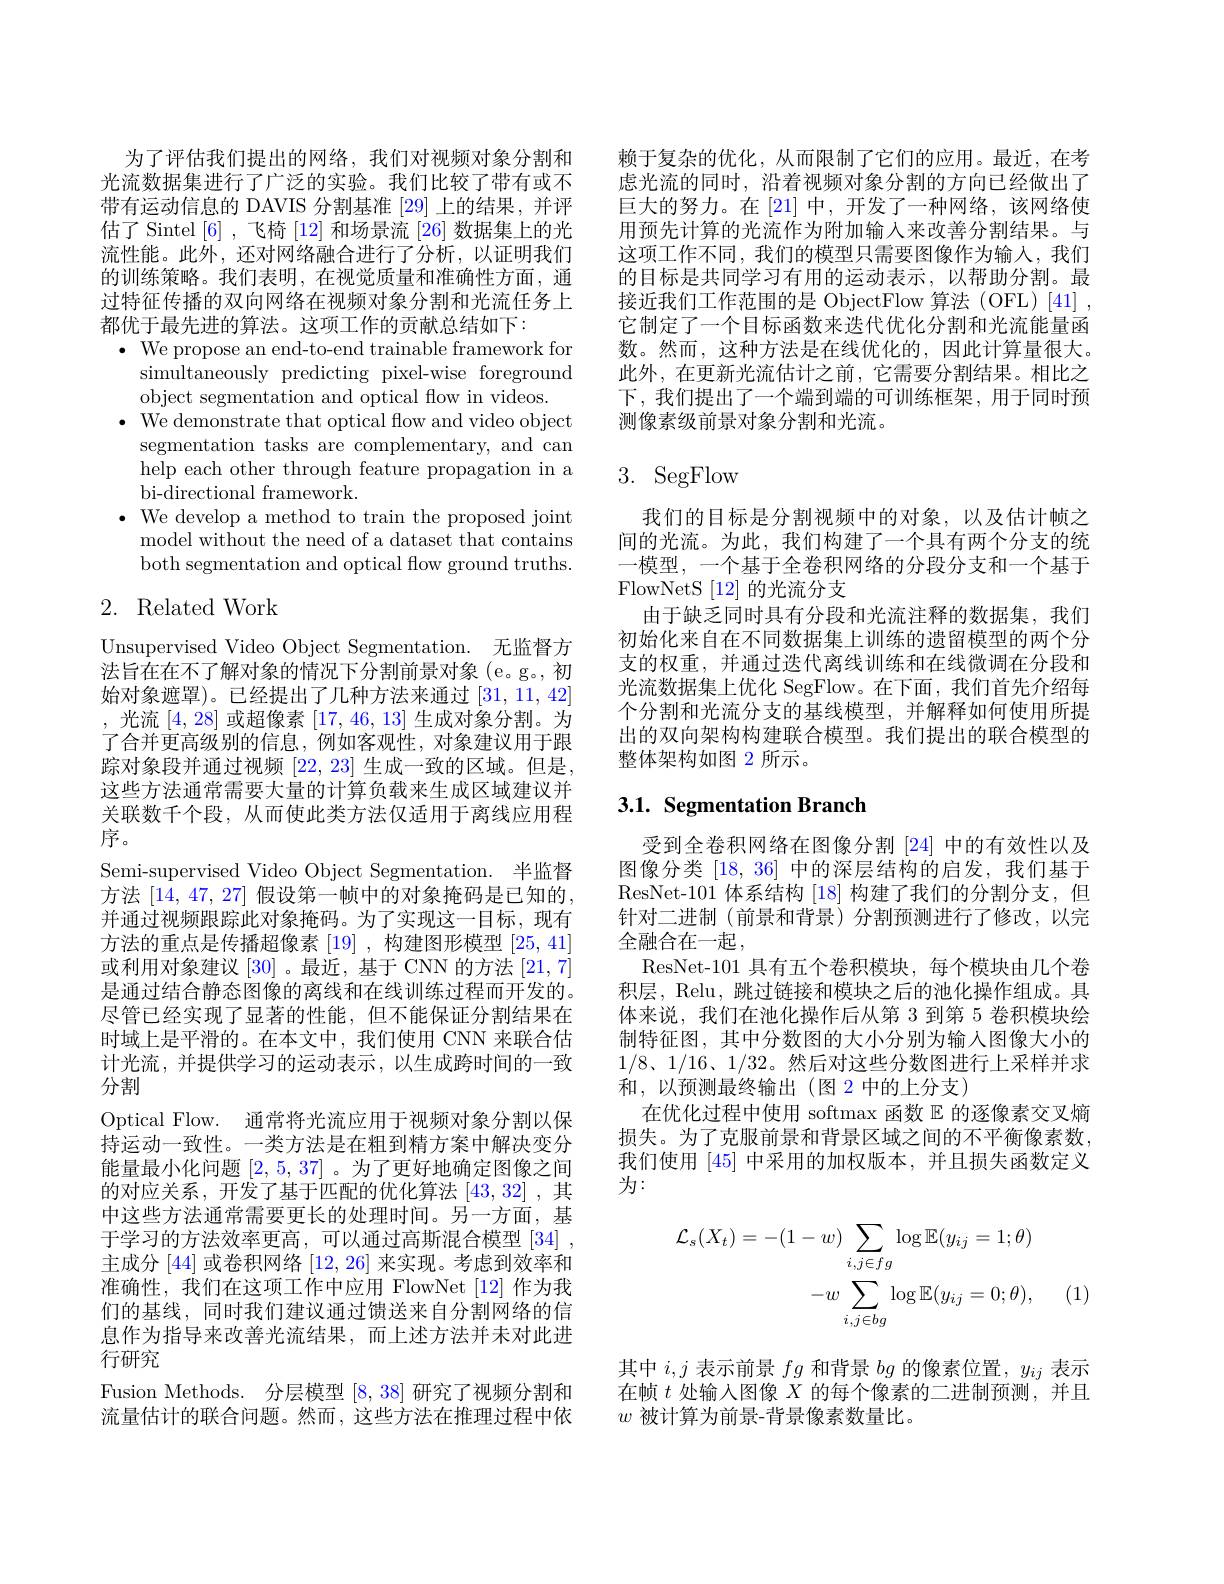
为了评估我们提出的网络，我们对视频对象分割和光流数据集进行了广泛的实验。我们比较了带有或不带有运动信息的 DAVIS 分割基准 [29] 上的结果，并评估了 Sintel [6] ,飞椅[12]和场景流[26]数据集上的光流性能。此外，还对网络融合进行了分析，以证明我们的训练策略。我们表明，在视觉质量和准确性方面，通过特征传播的双向网络在视频对象分割和光流任务上都优于最先进的算法。这项工作的贡献总结如下：
$\bullet$ We propose an end-to-end trainable framework for
simultaneously predicting pixel-wise foreground
object segmentation and optical fow in videos.
$\bullet$ We demonstrate that optical flow and video object
segmentation tasks are complementary, and can help each other through feature propagation in a bi-directional framework.
$\bullet$ We develop a method to train the proposed joint
model without the need of a dataset that contains both segmentation and optical flow ground truths.

## 2. Related Work

Unsupervised Video Object Segmentation. 无监督方法旨在在不了解对象的情况下分割前景对象(e。g。, 初始对象遮罩)。已经提出了几种方法来通过[31,11,42] ,光流[4,28]或超像素[17,46,13]生成对象分割。为了合并更高级别的信息，例如客观性，对象建议用于跟踪对象段并通过视频[22,23]生成一致的区域。但是， 这些方法通常需要大量的计算负载来生成区域建议并关联数千个段，从而使此类方法仅适用于离线应用程序。
Semi-supervised Video Object Segmentation. 半监督方法[14,47,27]假设第一帧中的对象掩码是已知的， 并通过视频跟踪此对象掩码。为了实现这一目标，现有方法的重点是传播超像素 [19] ,构建图形模型 [25,41] 或利用对象建议[30] 。最近，基于 CNN 的方法[21,7] 是通过结合静态图像的离线和在线训练过程而开发的。尽管已经实现了显著的性能，但不能保证分割结果在时域上是平滑的。在本文中，我们使用 CNN 来联合估计光流，并提供学习的运动表示，以生成跨时间的一致分割
Optical Flow. 通常将光流应用于视频对象分割以保持运动一致性。一类方法是在粗到精方案中解决变分能量最小化问题[2,5,37] 。为了更好地确定图像之间的对应关系，开发了基于匹配的优化算法[43,32] ,其中这些方法通常需要更长的处理时间。另一方面，基于学习的方法效率更高，可以通过高斯混合模型[34] , 主成分[44]或卷积网络[12,26]来实现。考虑到效率和准确性，我们在这项工作中应用 FlowNet [12] 作为我们的基线，同时我们建议通过馈送来自分割网络的信息作为指导来改善光流结果，而上述方法并未对此进行研究
Fusion Methods. 分层模型[8,38]研究了视频分割和流量估计的联合问题。然而，这些方法在推理过程中依

赖于复杂的优化，从而限制了它们的应用。最近，在考虑光流的同时，沿着视频对象分割的方向已经做出了巨大的努力。在[21]中，开发了一种网络，该网络使用预先计算的光流作为附加输入来改善分割结果。与这项工作不同，我们的模型只需要图像作为输入，我们的目标是共同学习有用的运动表示，以帮助分割。最接近我们工作范围的是 ObjectFlow 算法 (OFL) [41] , 它制定了一个目标函数来迭代优化分割和光流能量函数。然而，这种方法是在线优化的，因此计算量很大。此外，在更新光流估计之前，它需要分割结果。相比之下，我们提出了一个端到端的可训练框架，用于同时预测像素级前景对象分割和光流。

# 3. SegFlow

我们的目标是分割视频中的对象，以及估计帧之间的光流。为此，我们构建了一个具有两个分支的统一模型，一个基于全卷积网络的分段分支和一个基于FlowNetS [12]的光流分支
由于缺乏同时具有分段和光流注释的数据集，我们初始化来自在不同数据集上训练的遗留模型的两个分支的权重，并通过迭代离线训练和在线微调在分段和光流数据集上优化 SegFlow。在下面，我们首先介绍每个分割和光流分支的基线模型，并解释如何使用所提出的双向架构构建联合模型。我们提出的联合模型的整体架构如图 2 所示。

## $3. 1. \textbf{ Segmentation Branch}$

受到全卷积网络在图像分割 [24] 中的有效性以及图像分类 [18, 36] 中的深层结构的启发，我们基于ResNet-101 体系结构[18]构建了我们的分割分支，但针对二进制 (前景和背景)分割预测进行了修改，以完全融合在一起，
ResNet-101 具有五个卷积模块，每个模块由几个卷积层，Relu, 跳过链接和模块之后的池化操作组成。具体来说，我们在池化操作后从第 3 到第 5 卷积模块绘制特征图，其中分数图的大小分别为输入图像大小的$1/8、1/16、1/32$。然后对这些分数图进行上采样并求和，以预测最终输出(图 2 中的上分支)
在优化过程中使用 softmax 函数$\mathbb{E}$的逐像素交叉熵损失。为了克服前景和背景区域之间的不平衡像素数， 我们使用[45]中采用的加权版本，并且损失函数定义为：
$$\begin{aligned}\mathcal{L}_{s}(X_{t})&=-(1-w)\sum_{i,j\in fg}\log\mathbb{E}(y_{ij}=1;\theta)\\&-w\sum_{i,j\in bg}\log\mathbb{E}(y_{ij}=0;\theta),\end{aligned}$$
(1)

其中$i,j$表示前景$fg$和背景$bg$的像素位置$,y_ij$表示在帧$t$处输入图像$X$的每个像素的二进制预测，并且$w$被计算为前景-背景像素数量比。